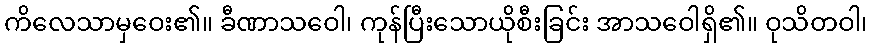
ကိလေသာမှဝေး၏။ ခီဏာသဝေါ၊ ကုန်ပြီးသောယိုစီးခြင်း အာသဝေါရှိ၏။ ဝုသိတဝါ၊